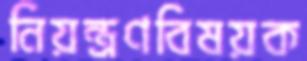
নিয়ন্ত্রণবিষয়ক